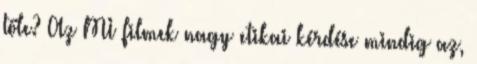
tőle? Az MI filmek nagy etikai kérdése mindig az,